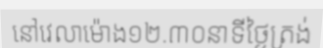
នៅវេលាម៉ោង១២.៣០នាទីថ្ងៃត្រង់